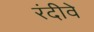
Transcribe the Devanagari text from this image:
रंदीवे